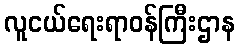
လူငယ်ရေးရာဝန်ကြီးဌာန